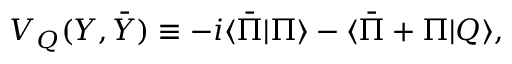
{ \cal V } _ { \cal Q } ( Y , \bar { Y } ) \equiv - i \langle \bar { \Pi } | \Pi \rangle - \langle \bar { \Pi } + \Pi | { \cal Q } \rangle ,